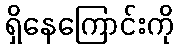
ရှိနေကြောင်းကို